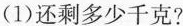
(1)还剩多少千克?